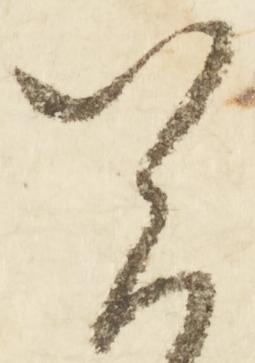
資